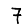
Digit: 7